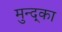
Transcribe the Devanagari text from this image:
मुन्द्का